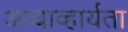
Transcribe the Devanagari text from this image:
अव्याव्हार्यता